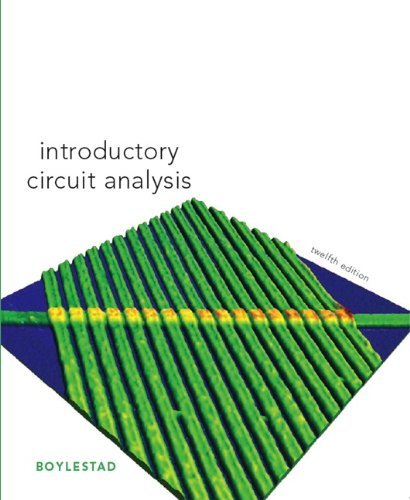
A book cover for Introductory Circuit Analysis (12th Edition); Robert L. Boylestad; Business & Money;